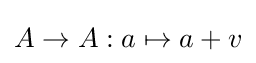
A\to A:a\mapsto a+v